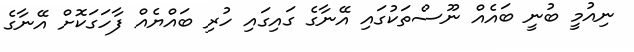
ނިއުމީ ބުނީ ބައެއް ނޫސްތަކުގައި އޭނާގެ ގައިގައި ހުރި ބައްޔެއް ފާހަގަކޮށް އޭނާގެ